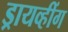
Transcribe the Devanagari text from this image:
ड्रायव्हींग